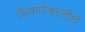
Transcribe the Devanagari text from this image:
ऊँकारेश्वरतीर्थ